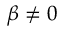
\beta \neq 0